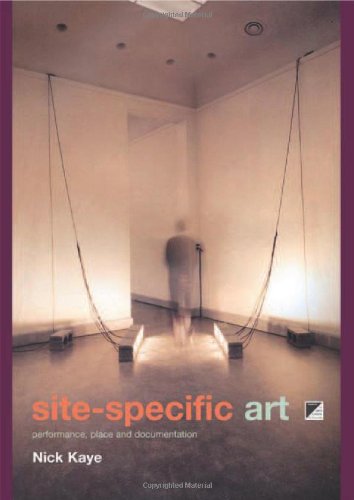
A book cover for Site-Specific Art: Performance, Place and Documentation; Nick Kaye; Arts & Photography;